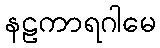
နဠကာရဂါမေ